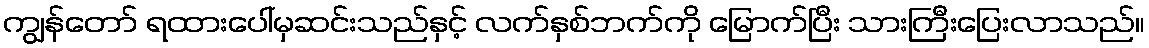
ကျွန်တော် ရထားပေါ်မှဆင်းသည်နှင့် လက်နှစ်ဘက်ကို မြောက်ပြီး သားကြီးပြေးလာသည်။